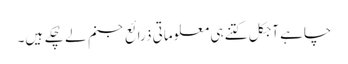
چاہے آجکل کتنے ہی معلوماتی ذرائع جنم لے چُکے ہیں۔